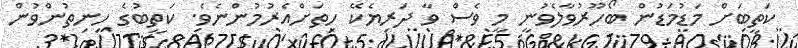
ކަތީބަށް މަޑުމަޑުން ބޯހޫރުވާލެވުނީ މީ ވެސް ވާ ދަރިޔެކޭ ހިތަށްއެރުމުންނެވެ. ކަތީބުގެ ހިނިތުންވުން